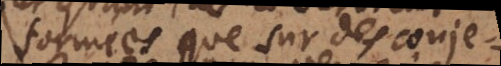
formées que sur des conjectures